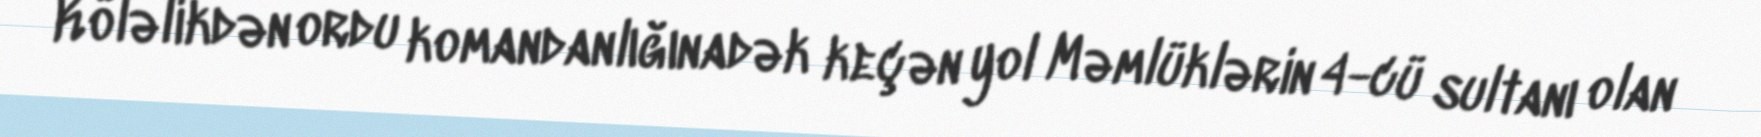
Köləlikdən ordu komandanlığınadək keçən yol Məmlüklərin 4-cü sultanı olan